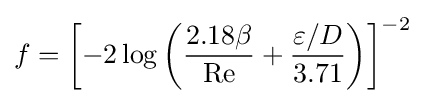
f=\left[-2\log \left({\frac {2.18\beta }{\mathrm {Re} }}+{\frac {\varepsilon /D}{3.71}}\right)\right]^{-2}